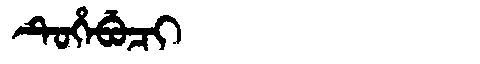
Manchu: ᡨᡠᡥᡝᠪᡠᠴᡳ
Romanization: TUHEBUCI